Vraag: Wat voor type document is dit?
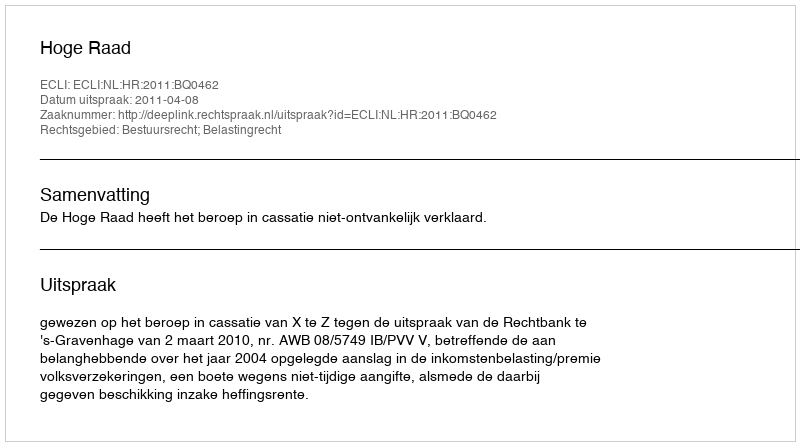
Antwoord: Uitspraak